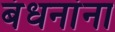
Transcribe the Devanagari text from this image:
बंधनांना